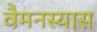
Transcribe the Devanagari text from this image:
वैमनस्यास